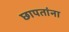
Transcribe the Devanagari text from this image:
छापतांना